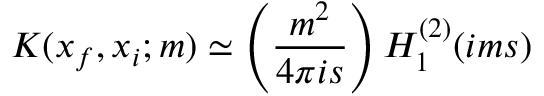
K ( x _ { f } , x _ { i } ; m ) \simeq \left( \frac { m ^ { 2 } } { 4 \pi i s } \right) H _ { 1 } ^ { ( 2 ) } ( i m s )